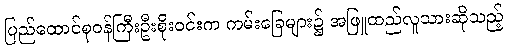
ပြည်ထောင်စုဝန်ကြီးဦးစိုးဝင်းက ကမ်းခြေများ၌ အဖြူထည်လူသားဆိုသည့်